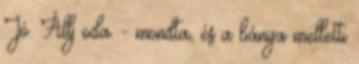
Jó. Állj oda. - mondta, és a bánya melletti